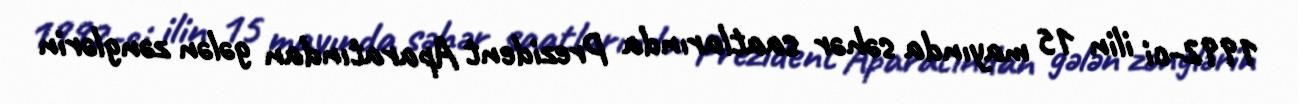
1992-ci ilin 15 mayında səhər saatlarında Prezident Aparatından gələn zənglərin